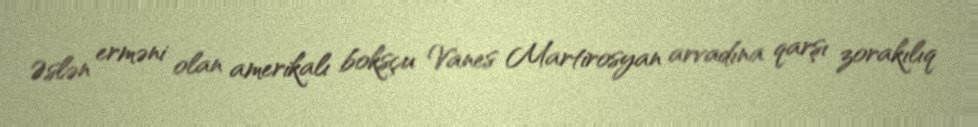
Əslən erməni olan amerikalı boksçu Vanes Martirosyan arvadına qarşı zorakılıq